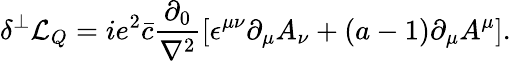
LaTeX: \delta^{\perp}{\cal L}_{Q}=ie^{2}\bar{c}\frac{\partial_{0}}{\nabla^{2}}\left[\epsilon^{\mu\nu}\partial_{\mu}A_{\nu}+(a-1)\partial_{\mu}A^{\mu}\right].